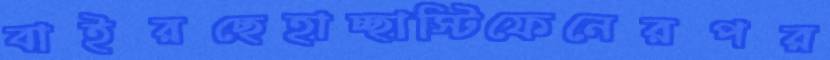
বাইরছেহাচ্ছাস্টিফেনেরপর